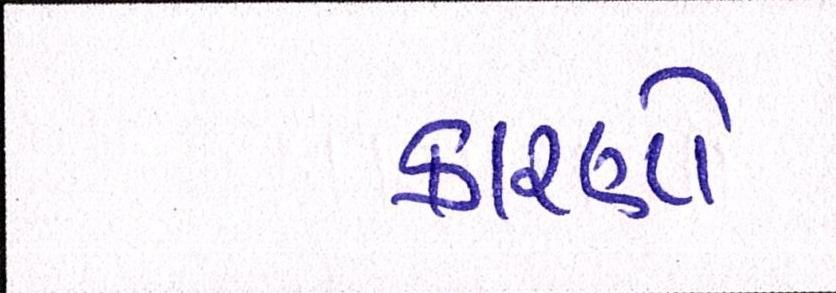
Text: કારણો